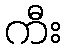
ကီး